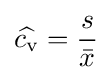
{\widehat {c_{\rm {v}}}}={\frac {s}{\bar {x}}}